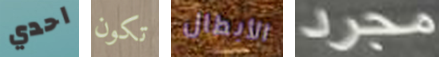
احدي تكون الأبطال مجرد